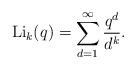
LaTeX: \begin{align*}\textrm{Li}_k(q) = \sum_{d=1}^{\infty} \frac{q^d}{d^k}.\end{align*}